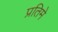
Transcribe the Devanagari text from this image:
प्रतिमे